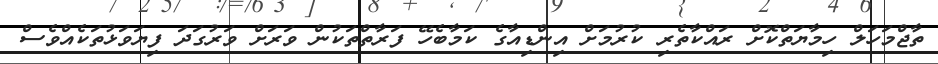
ތާޖްމަހަލް ހިމާޔަތްކޮށް ރައްކާތެރި ކުރުމަށް އިންޑިއާގެ ކަމާބެހޭ ފަރާތްތަކުން ވަރަށް ވަރުގަދަ ފިޔަވަޅުތަކެއްވެސް